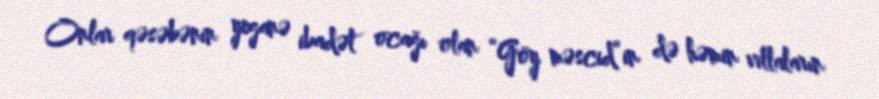
Onlar qəsəbənin yeganə ibadət ocağı olan “Göy məscid”in də həmin villaların